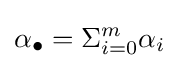
\alpha _{\bullet }=\Sigma _{i=0}^{m}\alpha _{i}